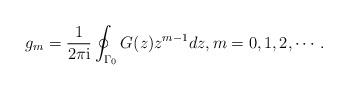
LaTeX: \begin{align*} g_m = \frac{1}{2\pi\mathrm{i}} \oint_{\Gamma_0} G(z) z^{m-1} dz, m = 0,1,2, \cdots. \end{align*}